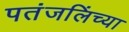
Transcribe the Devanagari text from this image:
पतंजलिंच्या